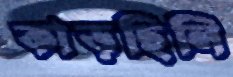
কাড়ছিলি